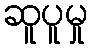
ဆူပူမှု